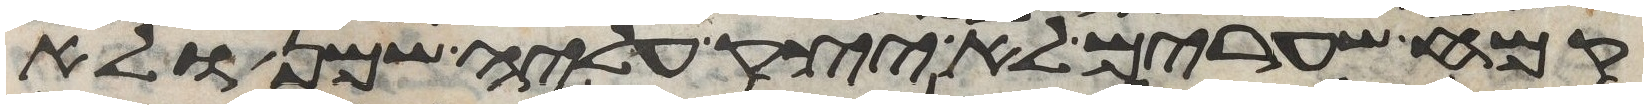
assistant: קמח שערים לא יצק עליה שמן ולא